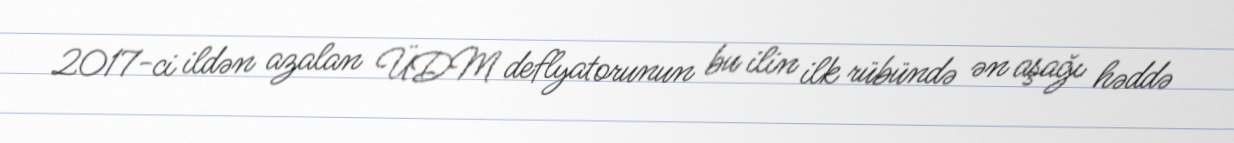
2017-ci ildən azalan ÜDM deflyatorunun bu ilin ilk rübündə ən aşağı həddə